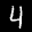
Label: 4